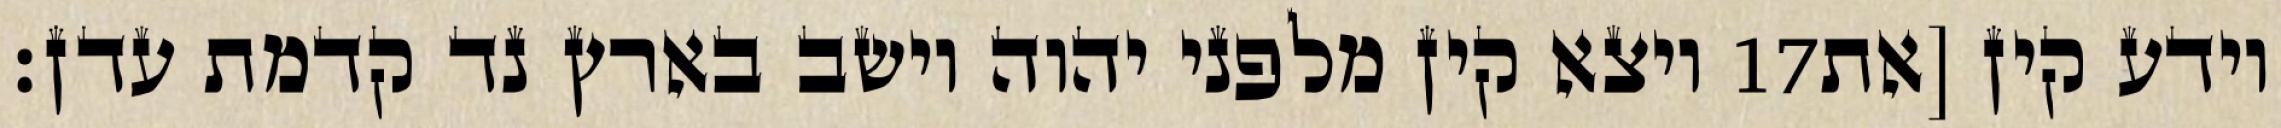
ויצא קין מלפני יהוה וישב בארץ נד קדמת עדן׃ ‎17‏ וידע קין [את